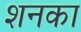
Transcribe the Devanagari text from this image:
शनका